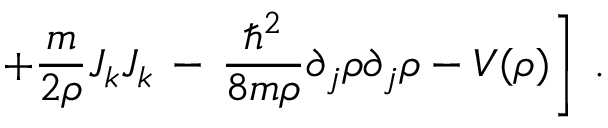
\left. + \frac { m } { 2 \rho } J _ { k } J _ { k } \, - \, \frac { \hbar ^ { 2 } } { 8 m \rho } \partial _ { j } \rho \partial _ { j } \rho - V ( \rho ) \right] \; .